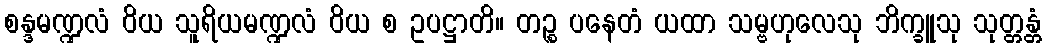
စန္ဒမဏ္ဍလံ ဝိယ သူရိယမဏ္ဍလံ ဝိယ စ ဥပဋ္ဌာတိ။ တဉ္စ ပနေတံ ယထာ သမ္ဗဟုလေသု ဘိက္ခူသု သုတ္တန္တံ